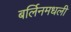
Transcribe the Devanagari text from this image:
बर्लिनमधली